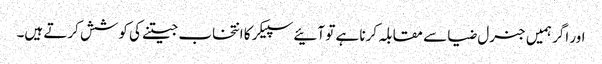
اور اگر ہمیں جنرل ضیا سے مقابلہ کرنا ہے تو آئیے سپیکر کا انتخاب جیتنے کی کوشش کرتے ہیں۔